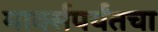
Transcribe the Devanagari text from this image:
मार्क्सपर्यंतचा